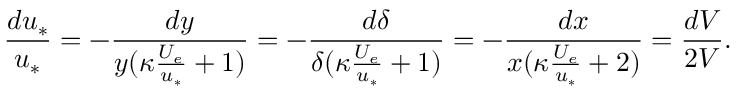
\frac { d u _ { * } } { u _ { * } } = - \frac { d y } { y ( \kappa \frac { U _ { e } } { u _ { * } } + 1 ) } = - \frac { d \delta } { \delta ( \kappa \frac { U _ { e } } { u _ { * } } + 1 ) } = - \frac { d x } { x ( \kappa \frac { U _ { e } } { u _ { * } } + 2 ) } = \frac { d V } { 2 V } .